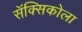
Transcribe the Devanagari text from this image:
सॅक्सिकोला